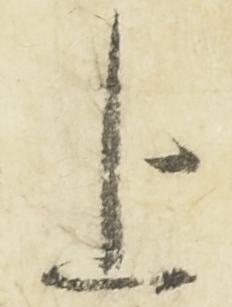
上